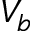
V _ { b }